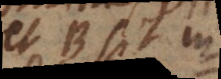
et B sit in